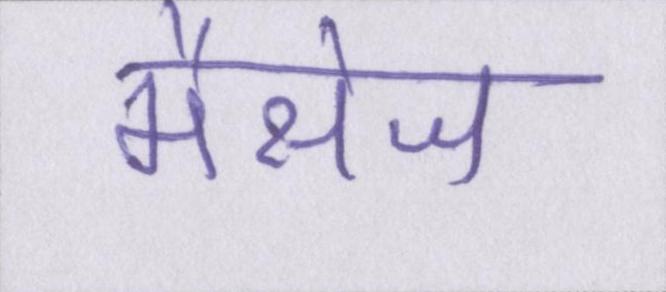
मैसेज